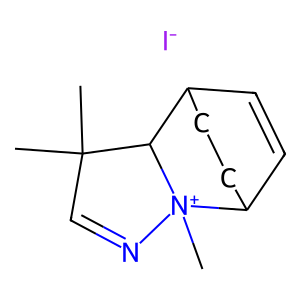
SMILES: CC1(C)C=N[N+]2(C)C3C=CC(CC3)C12.[I-]
Inhibits HIV replication: No